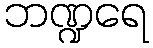
ဘဏ္ဍရေ